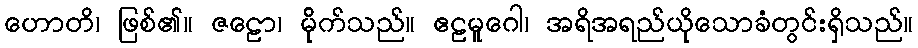
ဟောတိ၊ ဖြစ်၏။ ဇဠော၊ မို်က်သည်။ ဧဠမူဂေါ၊ အရိအရည်ယိုသောခံတွင်းရှိသည်။